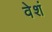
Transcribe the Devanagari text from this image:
वेशं